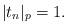
LaTeX: \begin{align*}|t_n|_p=1.\end{align*}